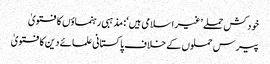
خودکش حملے ’غیر اسلامی ہیں‘: مذہبی رہنماؤں کا فتویٰ
پیرس حملوں کے خلاف پاکستانی علمائے دین کا فتویٰ